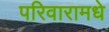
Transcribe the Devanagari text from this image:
परिवारामधे